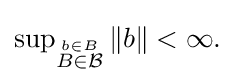
{\textstyle \sup _{\stackrel {b\in B}{B\in {\mathcal {B}}}}\|b\|<\infty .}